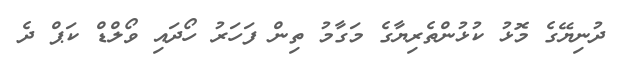
ދުނިޔޭގެ މޮޅު ކުޅުންތެރިޔާގެ މަގާމު ތިން ފަހަރު ހޯދައި ވޯލްޑް ކަޕް ދެ